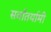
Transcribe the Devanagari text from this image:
सर्वांतर्यामी